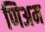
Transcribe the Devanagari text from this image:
णिअम